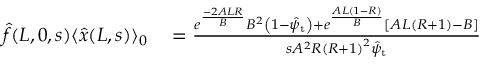
\begin{array} { r l } { \hat { f } ( L , 0 , s ) \langle \hat { x } ( L , s ) \rangle _ { 0 } } & { { } = \frac { e ^ { \frac { - 2 A L R } { B } } B ^ { 2 } \left( 1 - \hat { \psi } _ { \mathrm { t } } \right) + e ^ { \frac { A L \left( 1 - R \right) } { B } } \left[ A L \left( R + 1 \right) - B \right] } { s A ^ { 2 } R \left( R + 1 \right) ^ { 2 } \hat { \psi } _ { \mathrm { t } } } } \end{array}